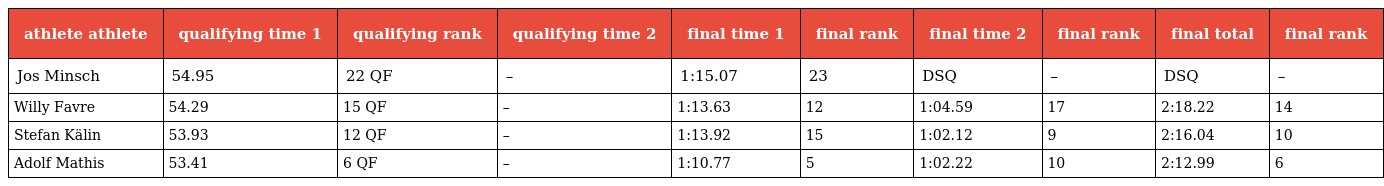
| athlete athlete | qualifying time 1 | qualifying rank | qualifying time 2 | final time 1 | final rank | final time 2 | final rank | final total | final rank |
 | --- | --- | --- | --- | --- | --- | --- | --- | --- | --- |
 | Jos Minsch | 54.95 | 22 QF | – | 1:15.07 | 23 | DSQ | – | DSQ | – |
 | Willy Favre | 54.29 | 15 QF | – | 1:13.63 | 12 | 1:04.59 | 17 | 2:18.22 | 14 |
 | Stefan Kälin | 53.93 | 12 QF | – | 1:13.92 | 15 | 1:02.12 | 9 | 2:16.04 | 10 |
 | Adolf Mathis | 53.41 | 6 QF | – | 1:10.77 | 5 | 1:02.22 | 10 | 2:12.99 | 6 |